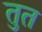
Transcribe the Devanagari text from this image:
तुत